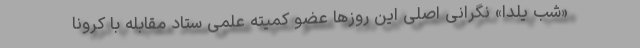
«شب یلدا» نگرانی اصلی این روزها عضو کمیته علمی ستاد مقابله با کرونا